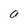
Character: a